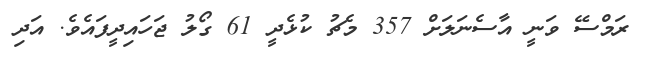
ރަމްސޭ ވަނީ އާސެނަލަށް 357 މެޗު ކުޅެދީ 61 ގޯލު ޖަހައިދީފައެވެ. އަދި